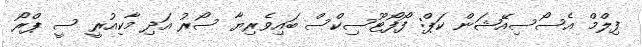
ފިލްމް އެސޯސިއޭޝަން ކަޕް: ފޯފޯޓޫސިކްސް ބައިވެރިޔާ ސޯރު އަދި މާކިއުރީ ސީ ޕްރޯ